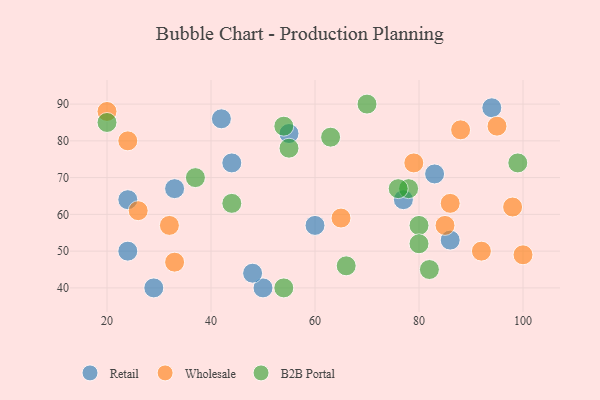
{"axis": {"x": "GDP", "y": "Life Expectancy"}, "legend": ["B2B Portal", "Retail", "Wholesale"], "data": [{"x": "55", "y": 82, "type": "Retail"}, {"x": "86", "y": 53, "type": "Retail"}, {"x": "94", "y": 89, "type": "Retail"}, {"x": "50", "y": 40, "type": "Retail"}, {"x": "44", "y": 74, "type": "Retail"}, {"x": "83", "y": 71, "type": "Retail"}, {"x": "48", "y": 44, "type": "Retail"}, {"x": "42", "y": 86, "type": "Retail"}, {"x": "77", "y": 64, "type": "Retail"}, {"x": "24", "y": 50, "type": "Retail"}, {"x": "60", "y": 57, "type": "Retail"}, {"x": "24", "y": 64, "type": "Retail"}, {"x": "29", "y": 40, "type": "Retail"}, {"x": "33", "y": 67, "type": "Retail"}, {"x": "20", "y": 88, "type": "Wholesale"}, {"x": "86", "y": 63, "type": "Wholesale"}, {"x": "98", "y": 62, "type": "Wholesale"}, {"x": "100", "y": 49, "type": "Wholesale"}, {"x": "85", "y": 57, "type": "Wholesale"}, {"x": "32", "y": 57, "type": "Wholesale"}, {"x": "33", "y": 47, "type": "Wholesale"}, {"x": "26", "y": 61, "type": "Wholesale"}, {"x": "95", "y": 84, "type": "Wholesale"}, {"x": "79", "y": 74, "type": "Wholesale"}, {"x": "24", "y": 80, "type": "Wholesale"}, {"x": "88", "y": 83, "type": "Wholesale"}, {"x": "92", "y": 50, "type": "Wholesale"}, {"x": "65", "y": 59, "type": "Wholesale"}, {"x": "54", "y": 40, "type": "B2B Portal"}, {"x": "78", "y": 67, "type": "B2B Portal"}, {"x": "44", "y": 63, "type": "B2B Portal"}, {"x": "70", "y": 90, "type": "B2B Portal"}, {"x": "99", "y": 74, "type": "B2B Portal"}, {"x": "76", "y": 67, "type": "B2B Portal"}, {"x": "66", "y": 46, "type": "B2B Portal"}, {"x": "37", "y": 70, "type": "B2B Portal"}, {"x": "82", "y": 45, "type": "B2B Portal"}, {"x": "55", "y": 78, "type": "B2B Portal"}, {"x": "80", "y": 57, "type": "B2B Portal"}, {"x": "54", "y": 84, "type": "B2B Portal"}, {"x": "20", "y": 85, "type": "B2B Portal"}, {"x": "80", "y": 52, "type": "B2B Portal"}, {"x": "63", "y": 81, "type": "B2B Portal"}]}